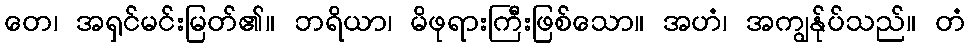
တေ၊ အရှင်မင်းမြတ်၏။ ဘရိယာ၊ မိဖုရားကြီးဖြစ်သော။ အဟံ၊ အကျွန်ုပ်သည်။ တံ